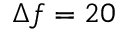
\Delta f = 2 0